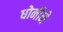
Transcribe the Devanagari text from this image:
धोनीने